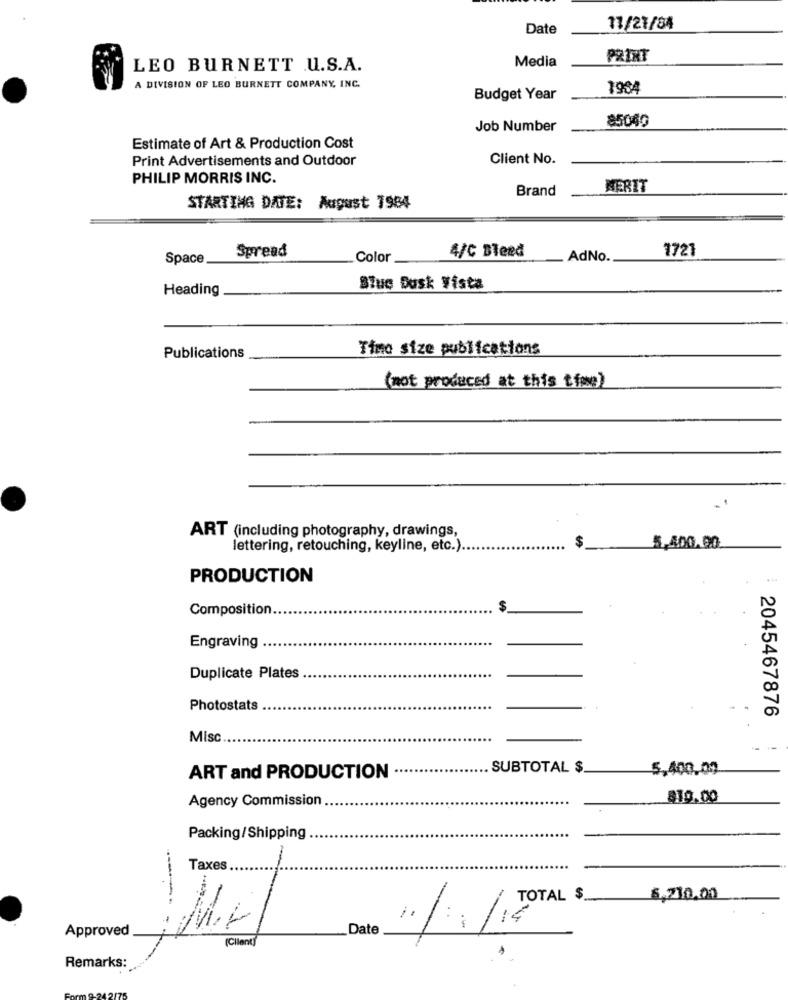
Date
11/27/84
Media
PRINT
LEO BURNETT .U.S.A.
A DIVISION OF LEO BURNETT COMPANY, INC.
1984
Budget Year
85060
Job Number
Estimate of Art & Production Cost
Print Advertisements and Outdoor
Client No.
PHILIP MORRIS INC.
Brand
MERIT
STARTING DATE: August 1984
Spread
Space
Color
4/C Bleed
AdNo.
1721
Heading
Blue Dusk Wista
Timo size publications
Publications
(mot produced at this time)
.
ART (including photography, drawings,
lettering, retouching, keyline, etc.) ..
$
5,400.00
PRODUCTION
Composition.
$
Engraving .
Duplicate Plates
Photostats
2045467876
Misc
--
SUBTOTAL $
5,400.00
ART and PRODUCTION
Agency Commission
319.00
Packing/Shipping
Taxes
5,210.00
.
..
Approved
Date
(Client]
Remarks: